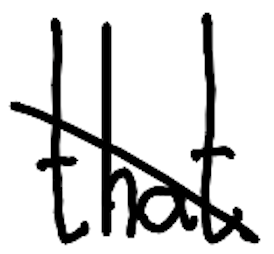
Text: that
Cross-out: diagonal
Writing tool: digital_black